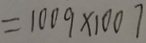
= 1 0 0 9 \times 1 0 0 7